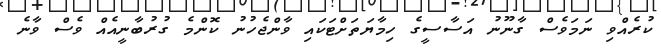
ކުރެއްވި ނަމަވެސް ގާނޫނު އަސާސީގެ ހިމާޔަތަށްޓަކައި ވާންޖެހުނު ކޮންމެ ގުރުބާނީއެއް ވެސް ވާނެ